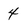
Character: 4